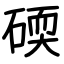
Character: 碝